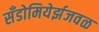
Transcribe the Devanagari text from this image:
सँडोमियेर्झजवळ